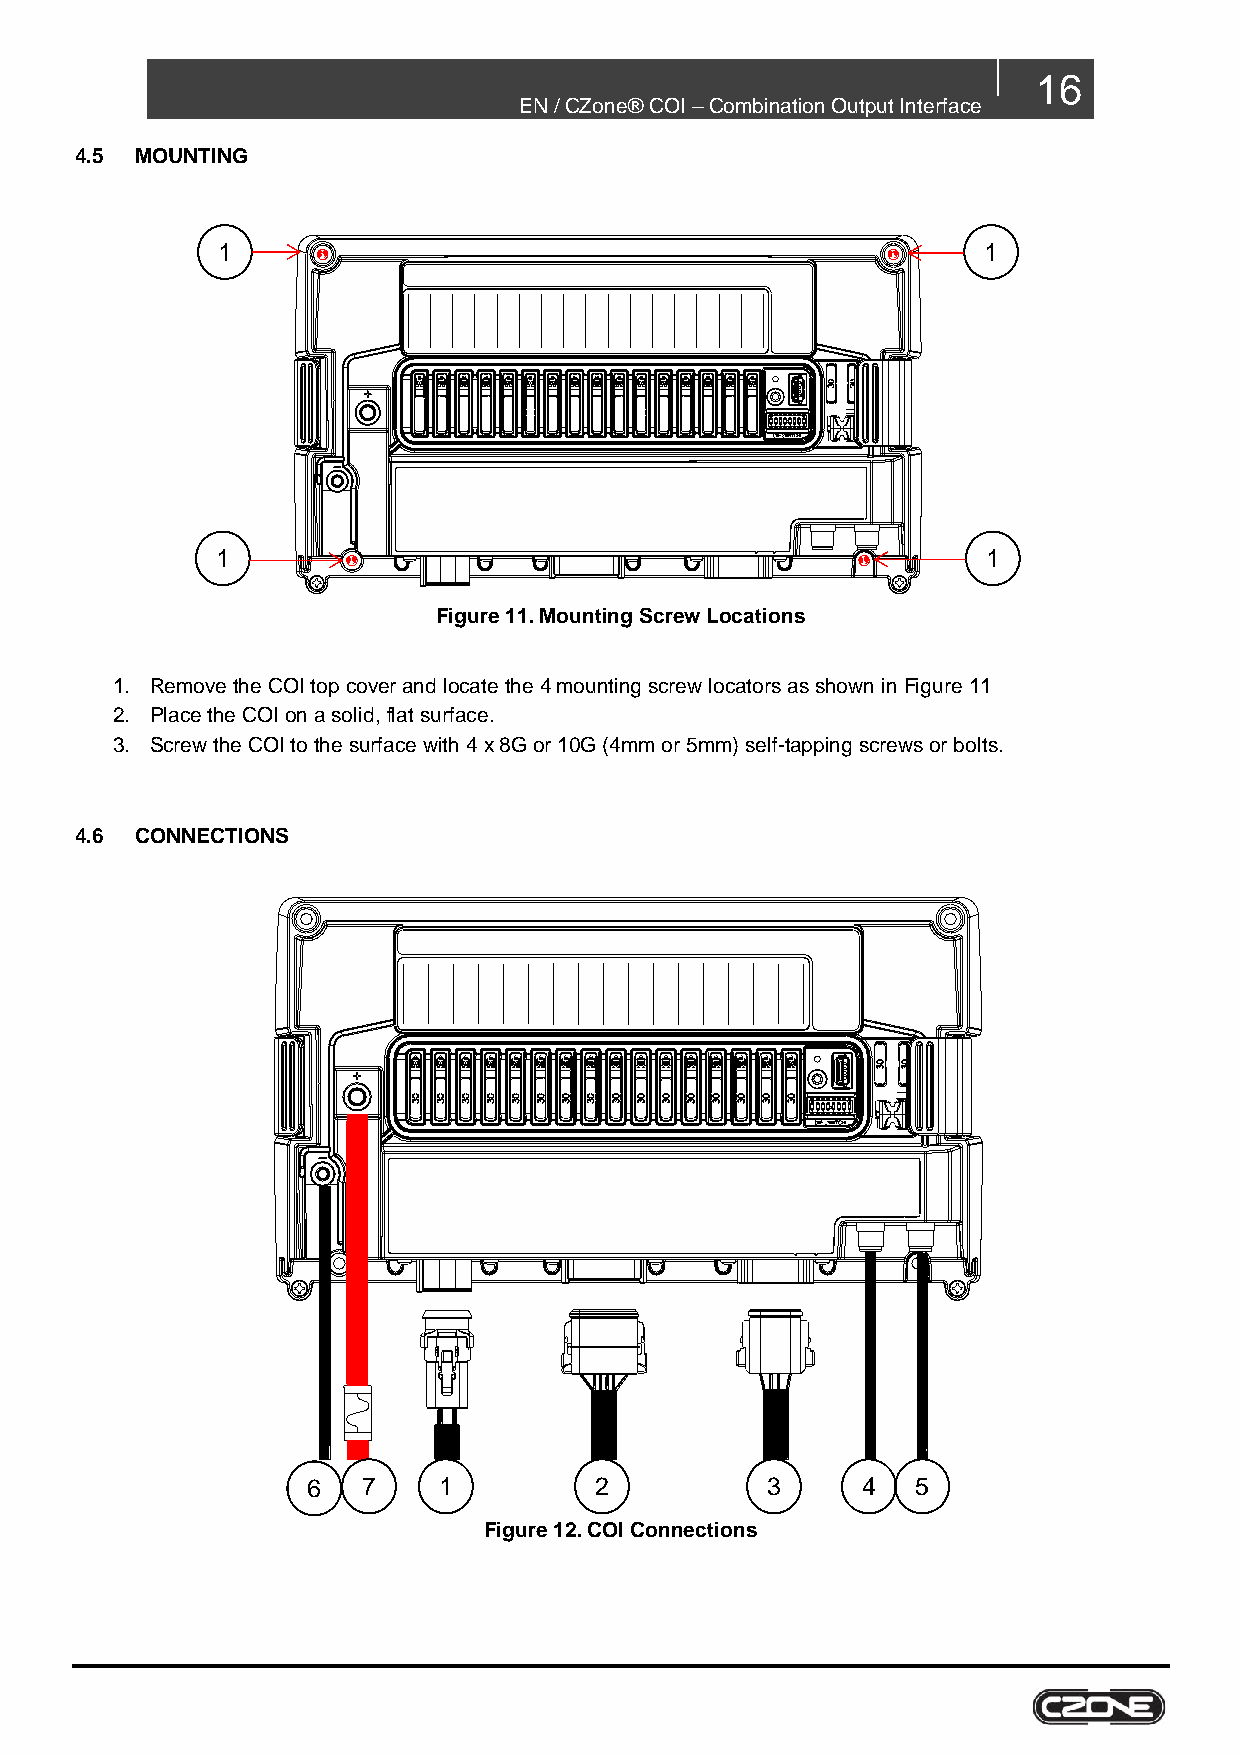
16
 EN / CZone® COI – Combination Output Interface
 4.5 MOUNTING
 1                                                  1
 1                                                  1
 Figure 11. Mounting Screw Locations
 1. Remove the COI top cover and locate the 4 mounting screw locators as shown in Figure 11
 2. Place the COI on a solid, flat surface.
 3. Screw the COI to the surface with 4 x 8G or 10G (4mm or 5mm) self-tapping screws or bolts.
 4.6 CONNECTIONS
 6   7    1         2           3     4   5
 Figure 12. COI Connections